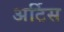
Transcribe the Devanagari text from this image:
अर्टिस